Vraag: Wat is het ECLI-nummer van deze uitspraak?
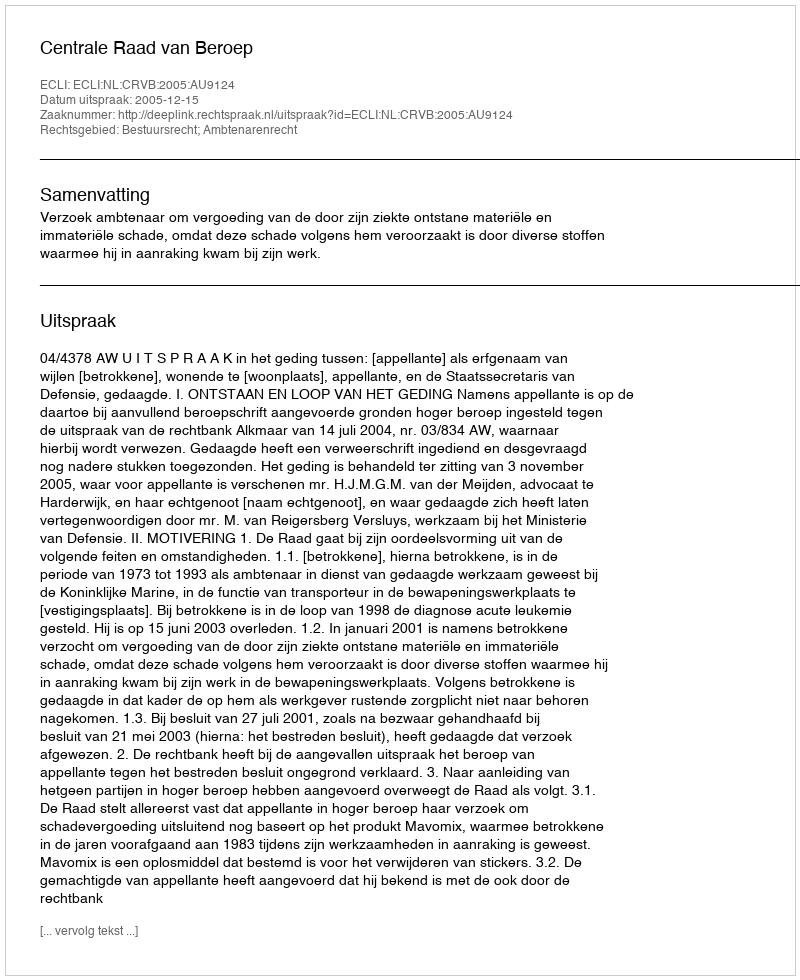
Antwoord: ECLI:NL:CRVB:2005:AU9124